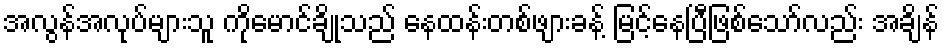
အလွန်အလုပ်များသူ ကိုမောင်ချိုသည် နေထန်းတစ်ဖျားခန့် မြင့်နေပြီဖြစ်သော်လည်း အချိန်